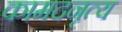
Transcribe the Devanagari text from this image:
कामदनृत्य